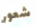
شعور